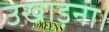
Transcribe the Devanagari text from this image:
उखाड़ना।